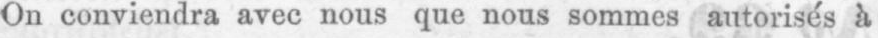
On conviendra avec nous que nous sommes autorisés à